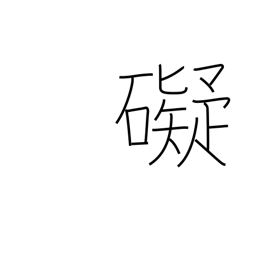
Meaning: deter